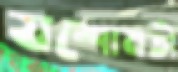
যশোমতী